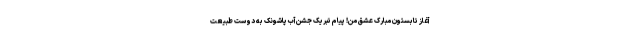
آغاز تابستون مبارک عشق من! پیام تبریک جشن آب پاشونک به دوست طبیعت